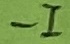
Text: -I